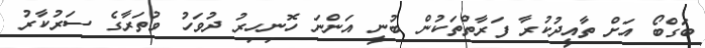
ބަގްބޯ އަށް ތާއީދުކުރާ ފަރާތްތަކުން ބުނީ އަންނަ ހޮނިހިރު ދުވަހު ވުތަރާގެ ސަރުކާރު